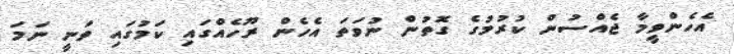
އެހެންވީމާ ޖެއްސުން ކުރުމުގެ ގޮތުން ނުވަތަ އެހެން ރޫހެއްގައި ކަމުގައި ވަނީ ނަމަ